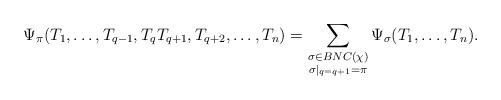
LaTeX: \begin{align*}\Psi_{\pi}(T_1, \ldots, T_{q-1}, T_qT_{q+1}, T_{q+2}, \ldots, T_n) = \sum_{\substack{\sigma \in BNC(\chi) \\ \sigma|_{q = q+1} = \pi}} \Psi_\sigma(T_1, \ldots, T_n).\end{align*}